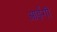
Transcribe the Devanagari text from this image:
आईगी